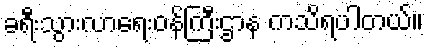
ခရီးသွားလာရေးဝန်ကြီးဌာန ကသိရပါတယ်။